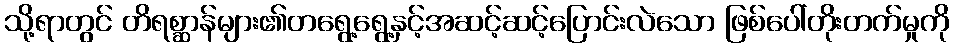
သို့ရာတွင် တိရစ္ဆာန်များ၏တရွေ့ရွေ့နှင့်အဆင့်ဆင့်ပြောင်းလဲသော ဖြစ်ပေါ်တိုးတက်မှုကို